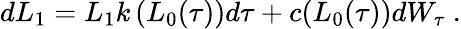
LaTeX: \begin{array}{r}{dL_{1}=L_{1}k\left(L_{0}(\tau)\right)d\tau+c(L_{0}(\tau))dW_{\tau}\ .}\end{array}